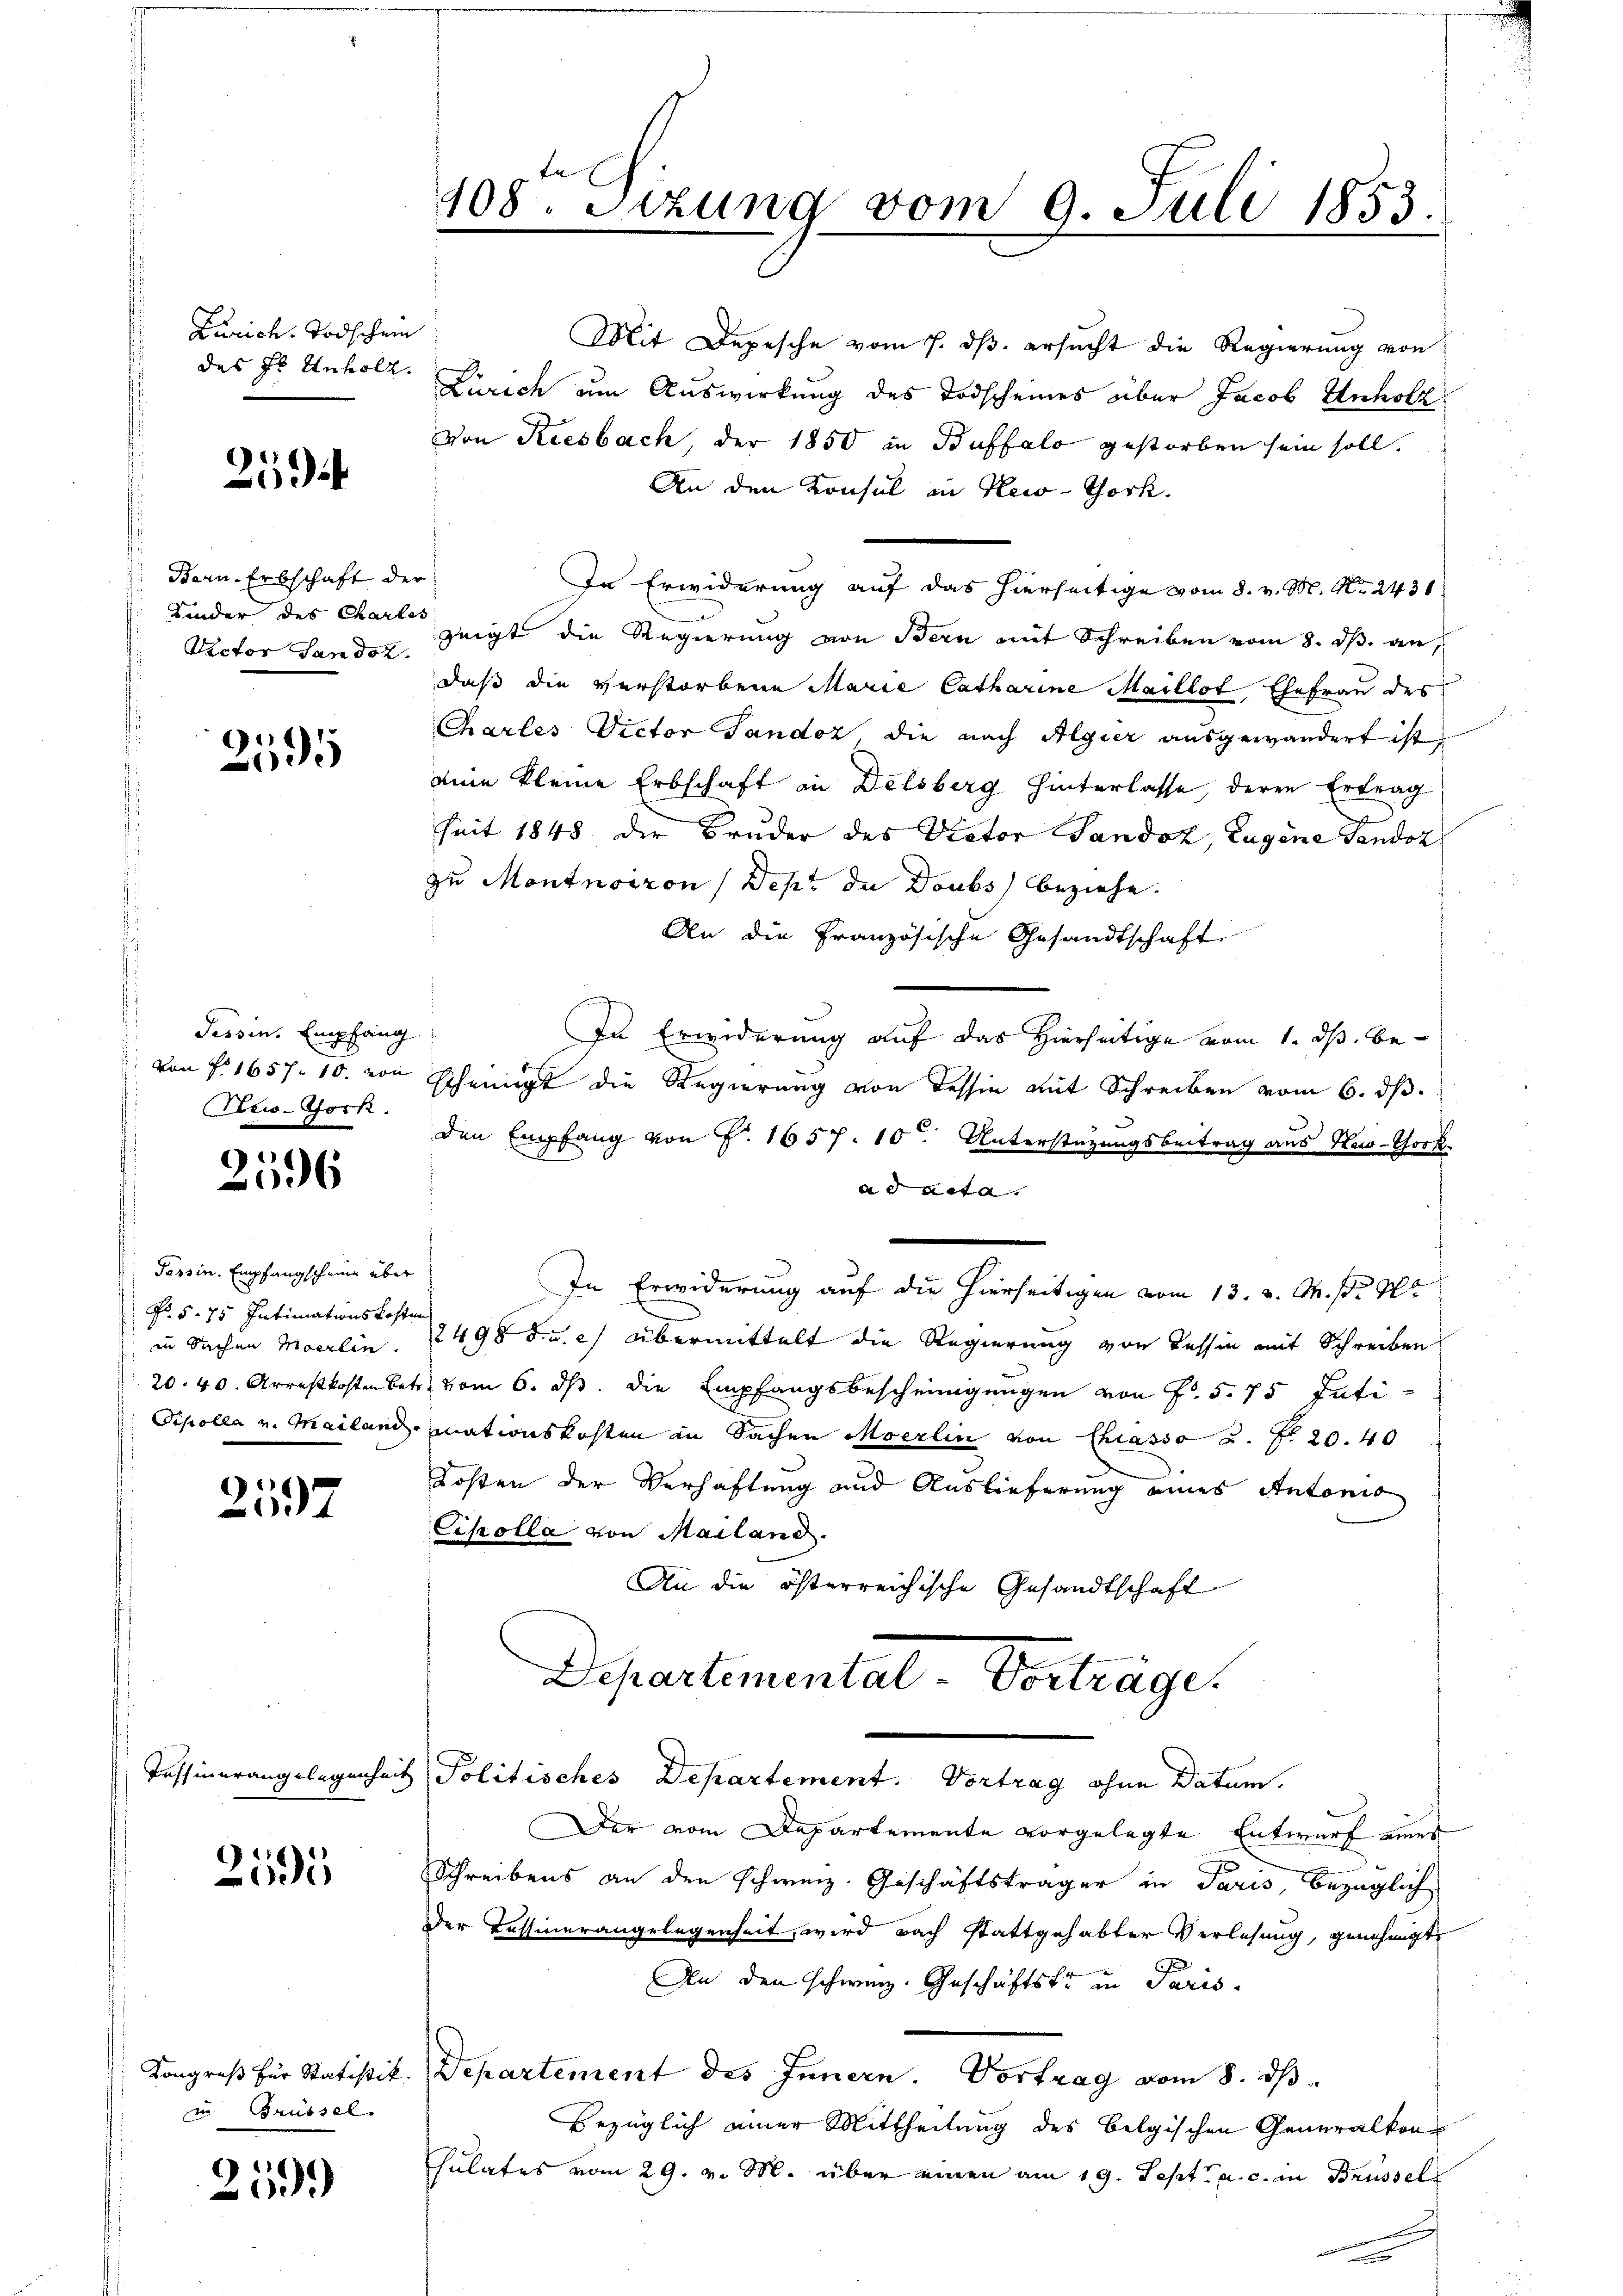
Zürich. Todschein

259

Bern, Erbschaft der
Victor Sandol

2595

Tessin. Empfang
New-York

1
C
6

Tessin. Empfangscheine über
No. 5. 75 Intimationskosten
in Sachen Moerlin.

2597

Tessinerangelegenheit

2535

Kongreß für Statistik.
u Brüssel.

2599

408. Sizung vom 9. Juli 1853.

Mit Depesche vom 7. ds. ersucht die Regierung von
des Hs. Unholz. Zürich am Auswirkung des Todscheines über Jacob Unholz
Von Riesbach, der 1850 in Buffalo gestorben sein soll.
An den Konsul in New-York.
In Erwiderung auf das hierseitige vom 8. v. M. Nr. 2431.
Kinder des Charlos zeigt die Regierung von Bern mit Schreiben vom 8. ds. an,
daß die verstorbene Marie Catharine Maillot Ehefrau des
Chartes Victor Sandoz, die nach Algier ausgewandert ist,
aine kleine Erbschaft in Delsberg hinterlasse, deren Ertrag
seit 1848 der Bruder des Victor Sandot, Eugene Tendoz
zu Montnoiron (Dept de Doubs beziehe.
An die Französische Gesandtschaft
In Erwiderung auf das Hierseitige vom 1. ds. bevon f. 1657. 10. von scheinigt die Regierung von Tessin mit Schreiben vom 6. ds.
den Empfang von F. 1657. 10 Unterstützungsbeitrag aus New-Chork
ad acta.
In Erwiderung auf die hierseitigen vom 13. v. M. pr 1
2498 f. u. e) übermittelt die Regierung von Tessin mit Schreiben
20. 40. Arrestkosten betr. vom 6. ds. die Empfangsbescheinigungen von f. 575 Inti¬
Sipolla v. Mailand mationskosten in Sachen Moerlin von Chiasso u. fr. 20. 40
Kosten der Verhaftung und Auslieferung eines Antonis
Cikolla von Mailand.
An die österreichische Gesandtschaft
Departemental-Vorträge.
 Politisches Departement. Vortrag ohne Datum.
Der vom Departemente vorgelegte Entwurf eines
Schreibens an den Schweiz. Geschäftsträger in Paris, bezüglich
Der Tessinerangelegenheit, wird nach stattgehabter Verlesung, genehmigt
An den schweiz. Geschäftski in Paris.
Departement des Innern. Vortrag vom 8. dβ
Bezüglich einer Mittheilung des belgischen Generalkonsulates vom 29. v. M. über einen am 19. Sept. a. c. in Brüssel

e